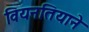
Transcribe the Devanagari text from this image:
वियनतियाने